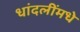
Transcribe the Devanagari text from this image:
धांदलींमधे